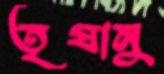
তৃষানু